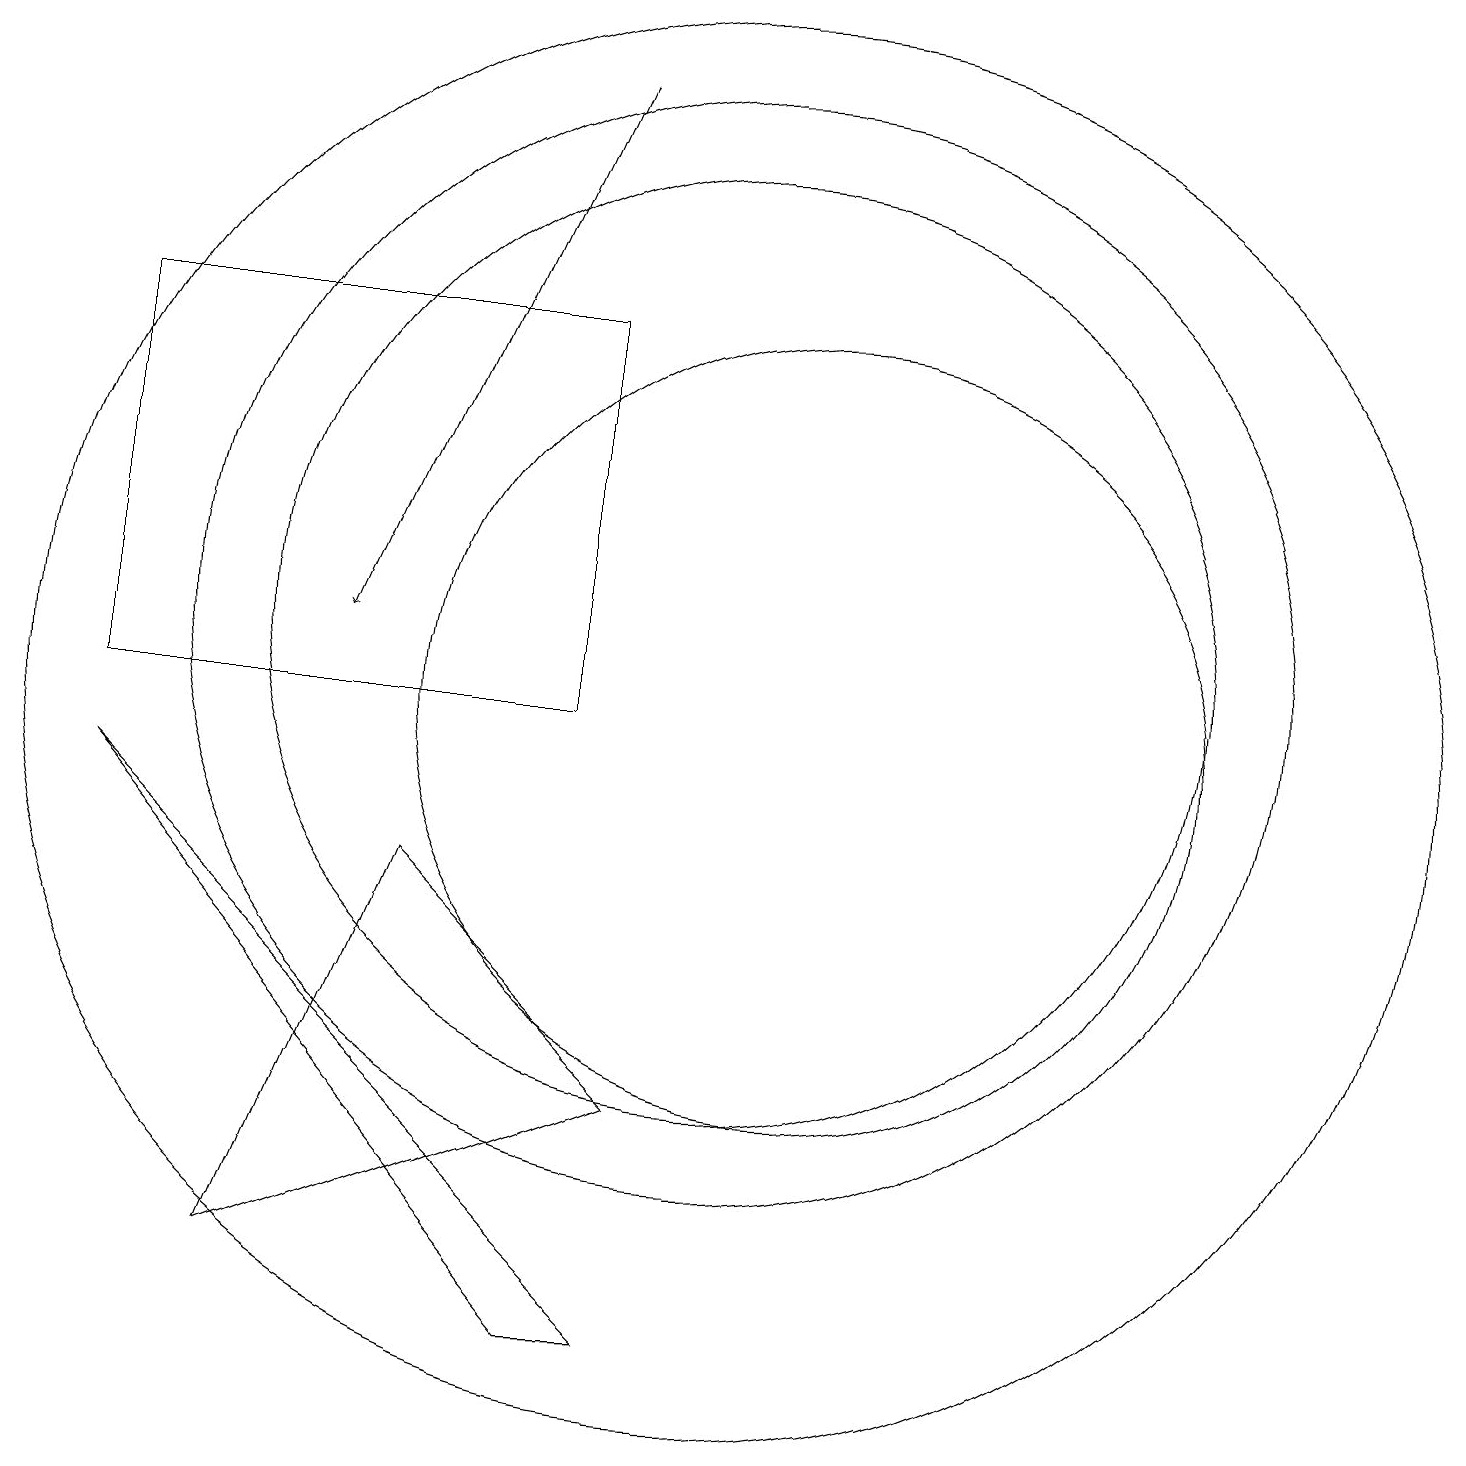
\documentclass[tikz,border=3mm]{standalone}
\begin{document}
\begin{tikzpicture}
\draw (8,10) rectangle (2,15);
\draw (10,11) circle (6);
\draw (10,11) circle (7);
\draw (9,2) -- (2,9) -- (8,2) -- cycle;
\draw (10,10) circle (9);
\draw (4,3) -- (9,5) -- (6,8) -- cycle;
\draw[->] (8,18) -- (5,11);
\draw (11,10) circle (5);
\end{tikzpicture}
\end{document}